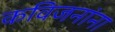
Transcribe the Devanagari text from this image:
कविजनांना